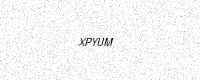
Text: XPYUM